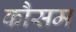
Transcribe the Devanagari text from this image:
कौसम